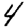
Digit: 4